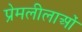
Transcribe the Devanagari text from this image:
प्रेमलीलाओं